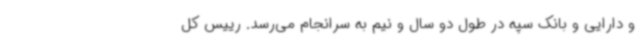
و دارایی و بانک سپه در طول دو سال و نیم به سرانجام می‌رسد. رییس کل